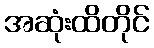
အဆုံးထိတိုင်